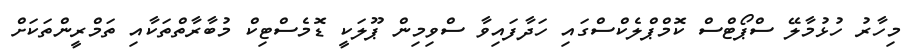
މިހާރު ހުޅުމާލޭ ސްޕޯޓްސް ކޮމްޕްލެކްސްގައި ހަދާފައިވާ ސްވިމިން ޕޫލަކީ ޑޮމެސްޓިކް މުބާރާތްތަކާއި ތަމްރީންތަކަށް